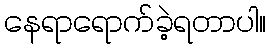
နေရာရောက်ခဲ့ရတာပါ။